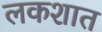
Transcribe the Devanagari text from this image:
लकशात